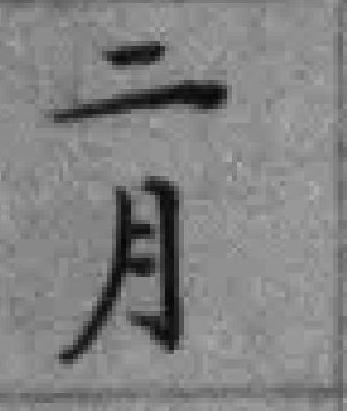
二月